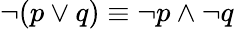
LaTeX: \neg(p\vee q)\equiv\neg p\wedge\neg q